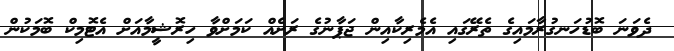
ދެވަނަ ބޮޑުހަނގުރާމައިގެ ތެރޭގައި އެމެރިކާއިން ޖަޕާނުގެ ރަށެއް ކަމަށްވާ ހިރޮޝީމާއަށް އެޓޮމިކް ބޮމަކުން